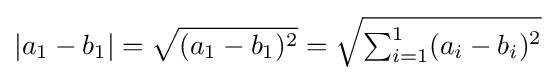
|a_{1}-b_{1}|={\sqrt {(a_{1}-b_{1})^{2}}}={\sqrt {\textstyle \sum _{i=1}^{1}(a_{i}-b_{i})^{2}}}